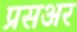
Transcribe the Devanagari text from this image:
प्रसअर